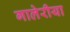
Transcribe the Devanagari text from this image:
गालेरीया